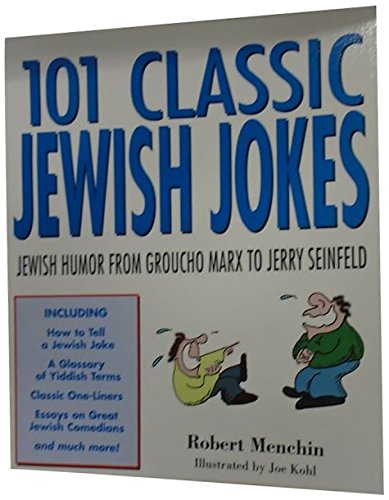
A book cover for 101 Classic Jewish Jokes: Jewish Humor from Groucho Marx to Jerry Seinfeld; Robert Menchin; Humor & Entertainment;